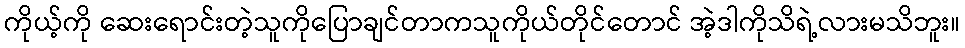
ကိုယ့်ကို ဆေးရောင်းတဲ့သူကိုပြောချင်တာကသူကိုယ်တိုင်တောင် အဲ့ဒါကိုသိရဲ့လားမသိဘူး။